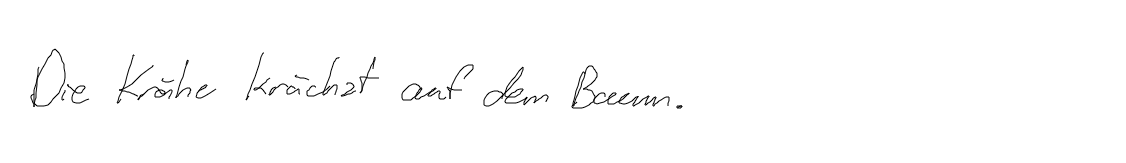
Die Krähe krächzt auf dem Baum.